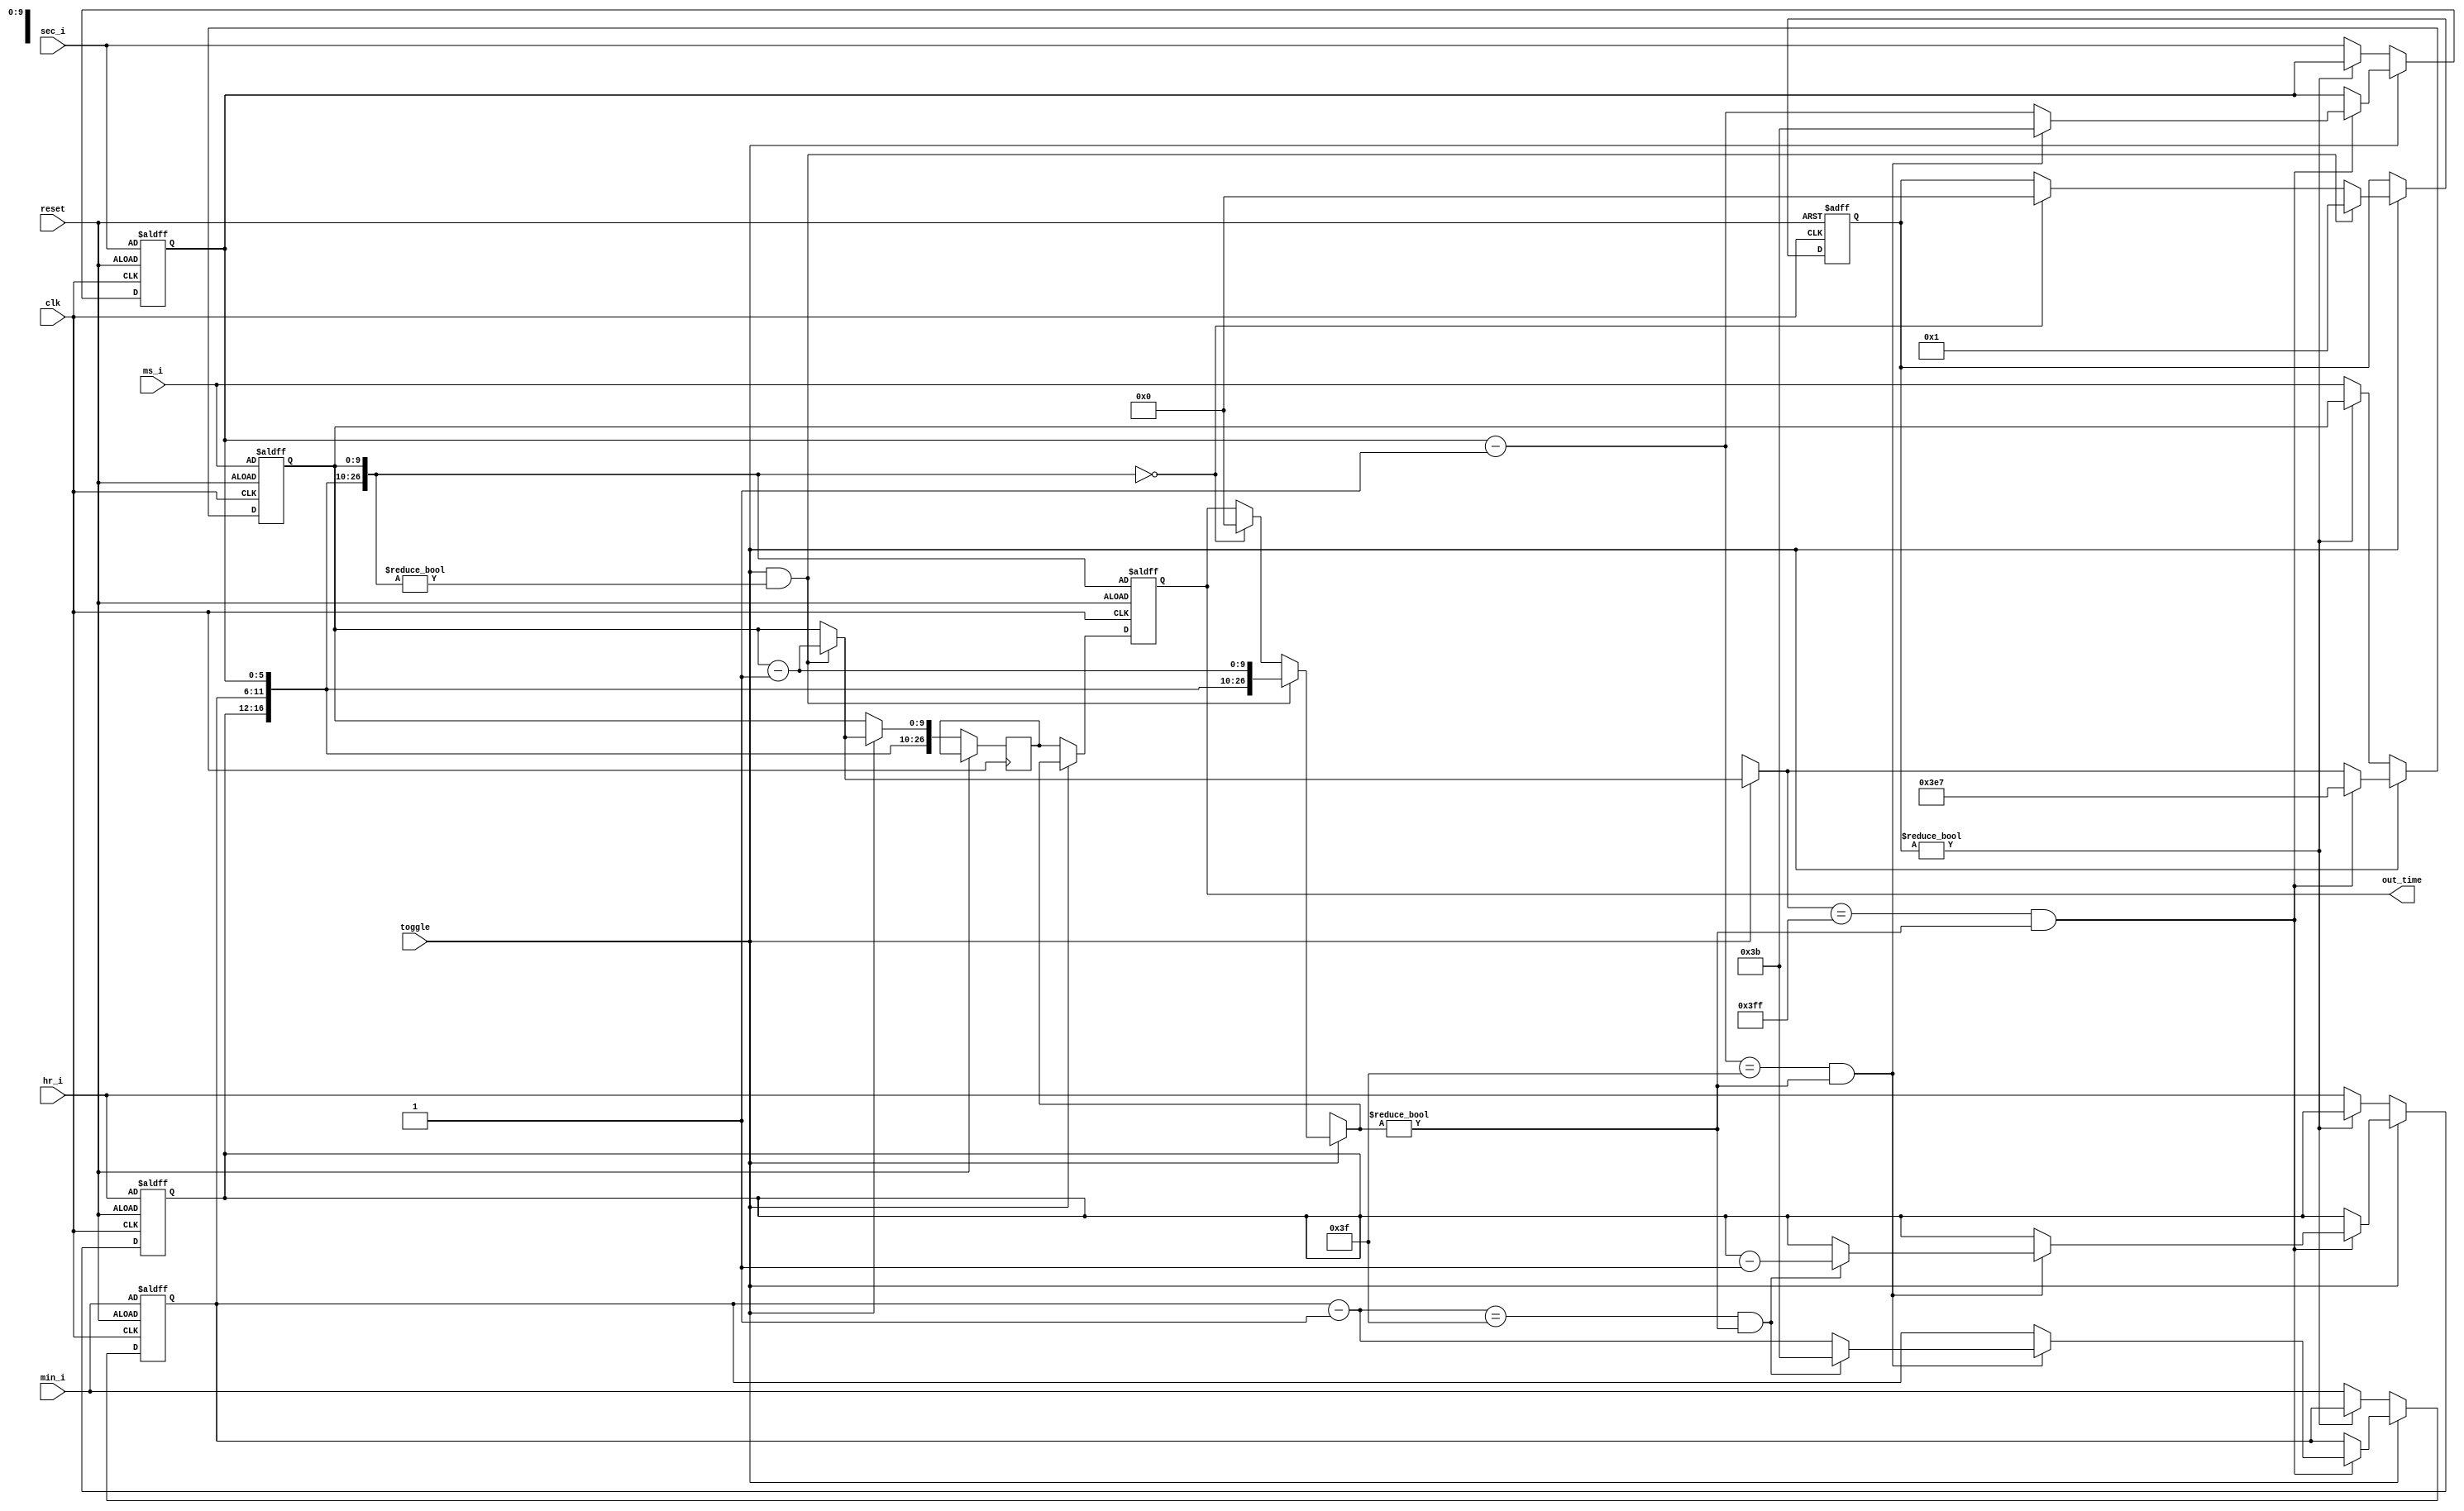
`timescale 1 ns / 1ps

// Last Modified 12/11/2022 by Laura
// count down timer
module timer(toggle, ms_i, sec_i, min_i, hr_i, reset, clk, out_time);
    
    input toggle, reset, clk;
    input [9:0] ms_i;
    input [5:0] sec_i;
    input [5:0] min_i;
    input [4:0] hr_i;
    output reg [26:0] out_time;
    reg [26:0] disp_time;
    reg [26:0] timer_on;
    reg [4:0] hr = 0;
    reg [5:0] min = 0;
    reg [5:0] sec = 0;
    reg [9:0] ms = 0;

    
    always @ (posedge clk or posedge reset) begin
        if (reset) begin
            hr <= hr_i;
            min <= min_i;
            sec <= sec_i;
            ms <= ms_i;
            out_time <= {hr, min, sec, ms};
            timer_on <= 0;
        end
        // while the timer is not set to stop, keep counting
       // if we count 1000ms, decrement the second
        else  if (toggle) begin
            disp_time = {hr, min, sec, ms};
            if (toggle && (disp_time != 0)) begin
                ms = ms - 1'b1;
                disp_time = {hr, min, sec, ms};
                out_time = disp_time;
                timer_on = 1;
            end
            else if (disp_time == 0) begin
                out_time = 0;
                timer_on = 0;
            end
            
            if ((ms == 10'b1111111111) && (out_time != 0)) begin
                sec = sec - 1'b1;
                ms = 10'b1111100111;
                if ((sec == 6'b111111) && (out_time != 0)) begin
                    sec = 6'b111011;
                    min = min - 1'b1;
                    if ((min == 6'b111111) && (out_time != 0)) begin
                        min = 6'b111011;
                        hr = hr - 1'b1;
                    end
                end
            end

        end
        
        else if (!toggle) begin
            if (timer_on) begin
                disp_time <= {hr, min, sec, ms};
                out_time <= disp_time;
            end
            else begin
                hr <= hr_i;
                min <= min_i;
                sec <= sec_i;
                ms <= ms_i;
                disp_time <= {hr, min, sec, ms};
                out_time <= disp_time;
            end

        end
    end

endmodule